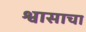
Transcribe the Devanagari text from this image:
श्वासाचा